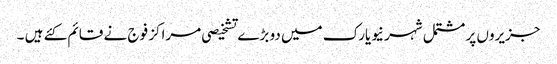
جزیروں پر مشتمل شہر نیویارک میں دو بڑے تشخیصی مراکز فوج نے قائم کئے ہیں ۔